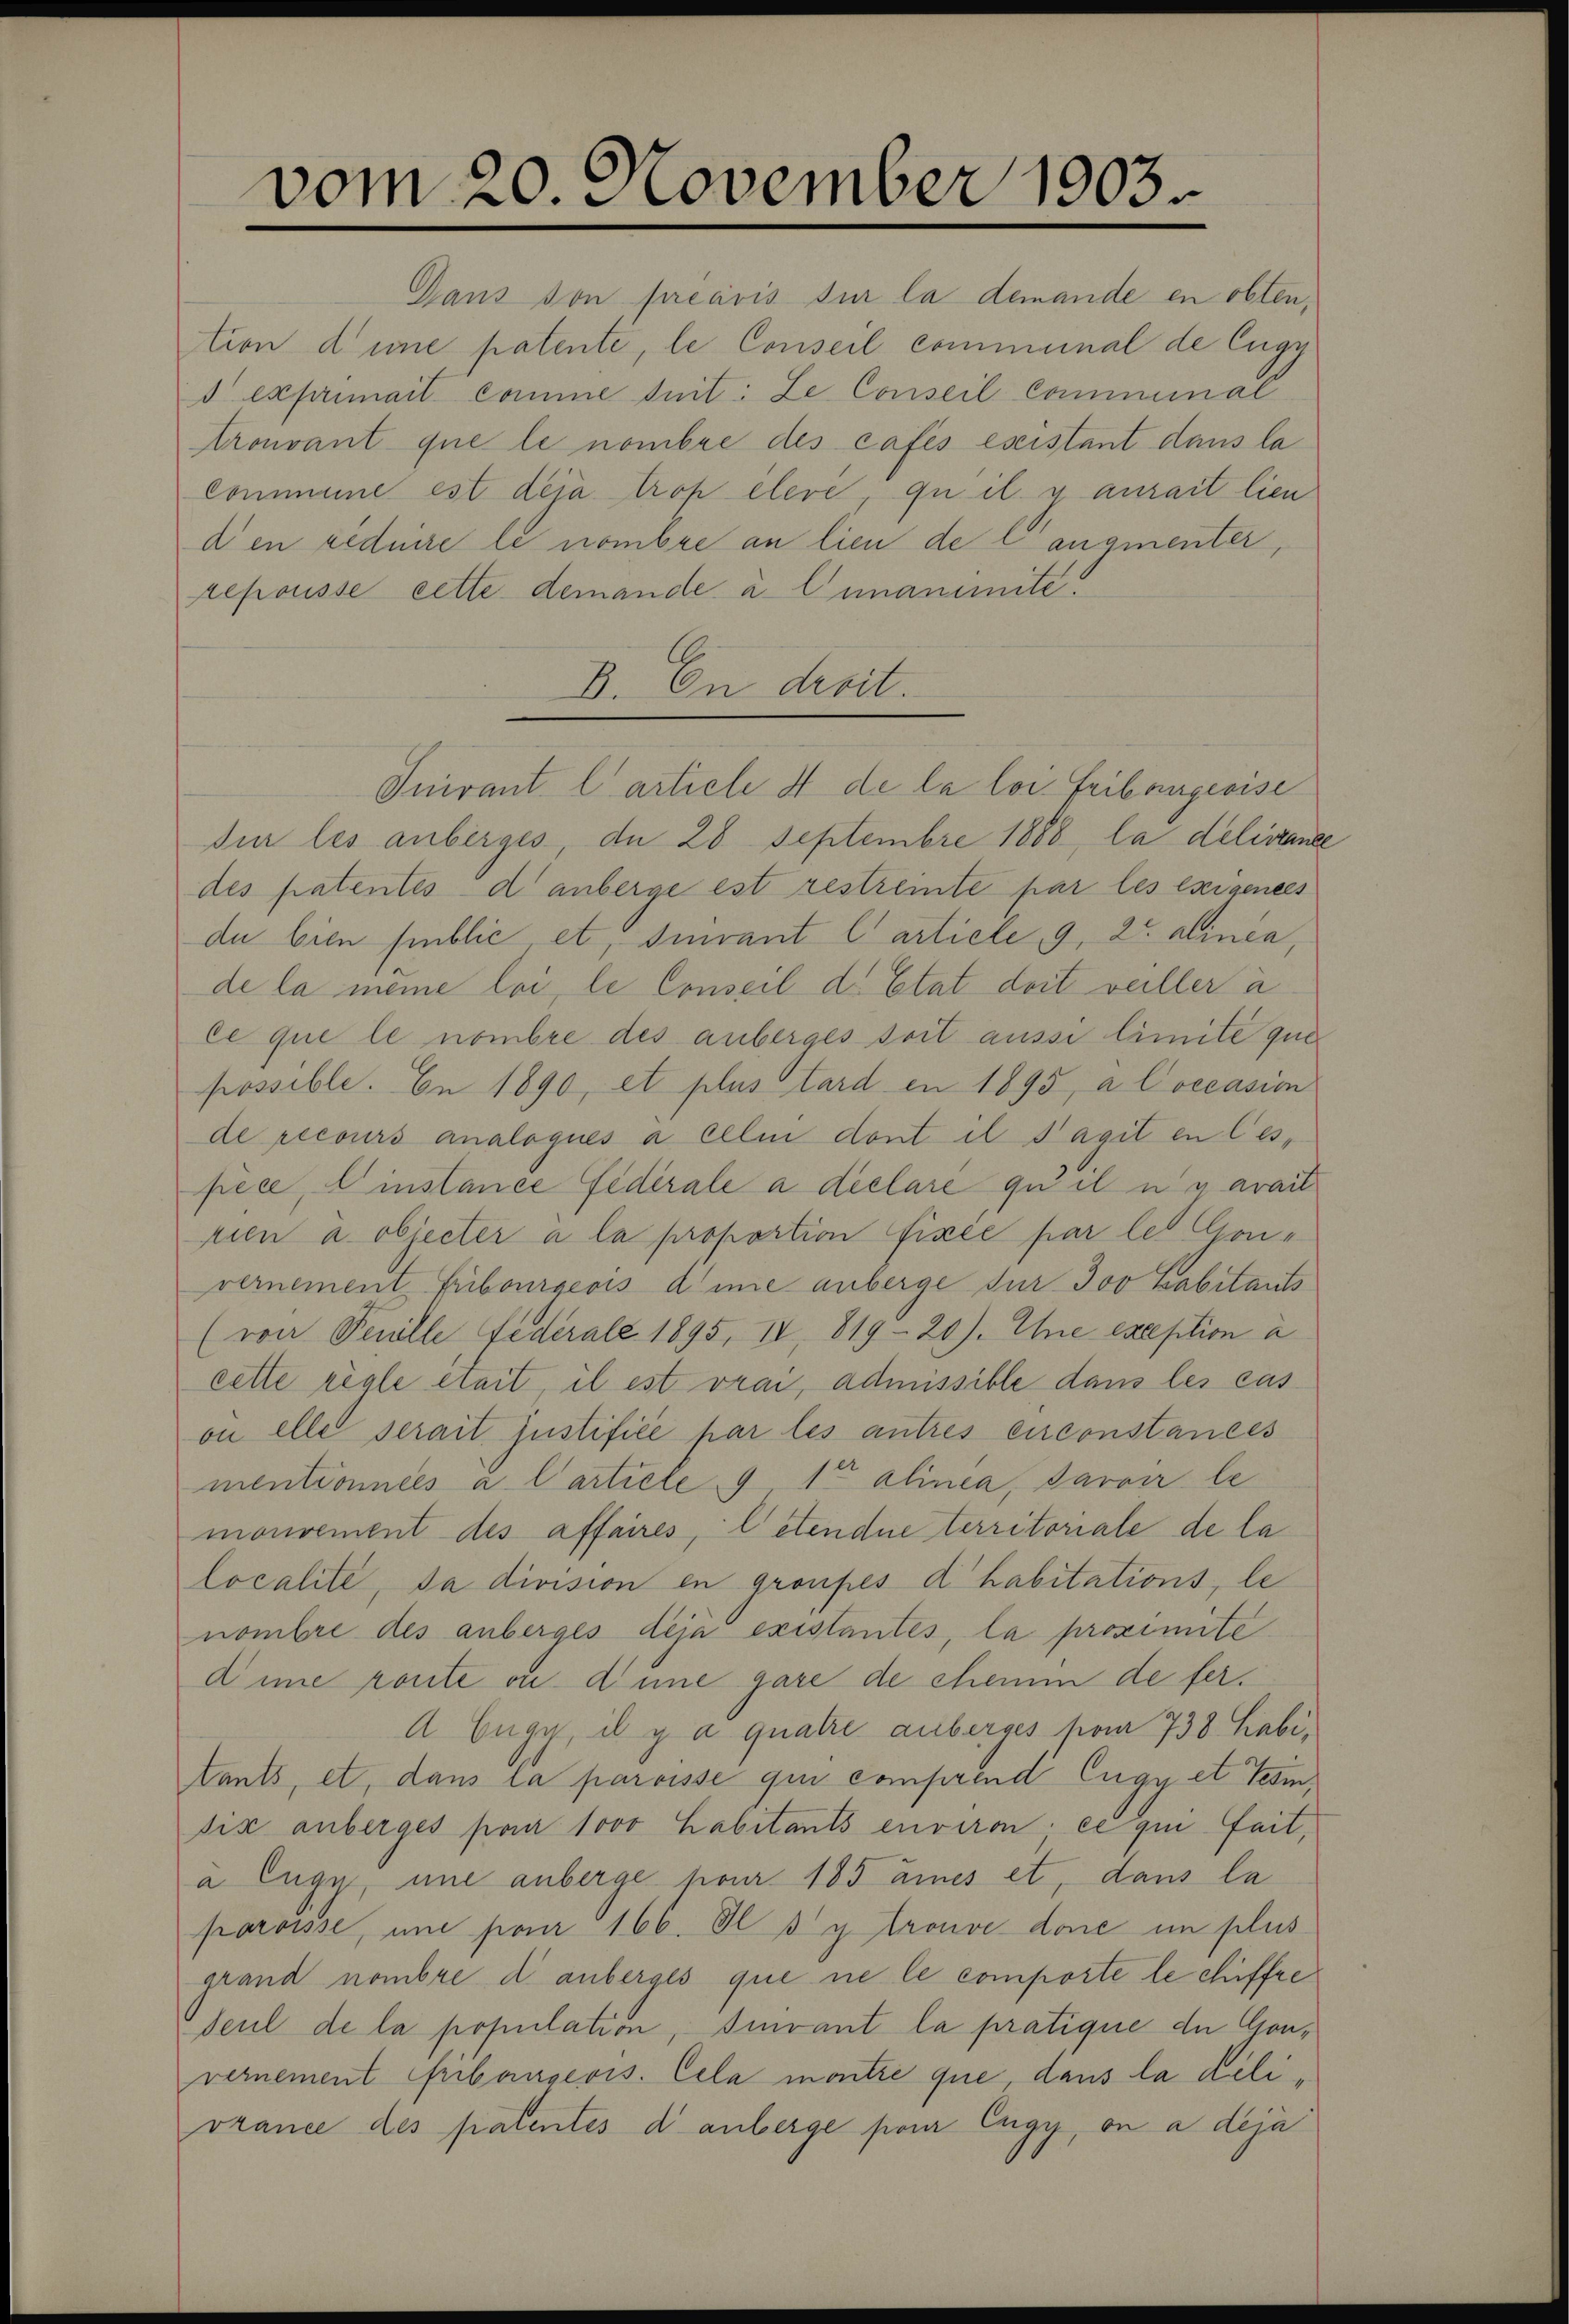
vom 20. November 1903.

repousse cette demande à l unanimite.
V. En droit.
Inivant l’article 4 de la loi. Fribangewise
sur les anberges, du 28 Septembre 1888, la delisance
des patentés d anberge est restreinte par les exigenees
du bien sublic et, devant l’article 9, 2te alinea
de la meine loi, le Conseil d. Etat doit veiller a
ce que le nombre des anberges soit aussi limite que
possible. En 1890, et plus tard in 1895, a Coccasion
de recours analogués à cele dont il Tagit en les
pece, einstance Federale a déclare qu il n y avait
rien u. objecter à la proportion fixée par les Gouvernement Fribourgeois die anberge für 300 Kabitants
(von Penille Federale 1895, IV 819 - 20). Ehe exception à
cette reale était, il est vrai, admissible dans les cas
on elle serait justifiée par les autres enconstances
mentionnées a Carticle 9 1ten alinea, savoir le
mouvement des affaires, letendue territoriale de la
localité, da division en gronpes d’habitations, le
nombre des anberges deja existantes, la proximite
dinie route in diene gare de chemm de fer¬
A Enge il y a quatre anberges pon 738. Labitants, et, dans la paroisse qui comprend Eugy et Gesindix anberges par 1000 habitants environ; ce qui fait,
a Eugy, une anberge har 185 eines et, dans la
paroisse, une pour 166. Il sy trouve done in plus
grand nombre d. anberges que ne le comporte le chiffre
seul de la population, sivant la pratique du Convernement Pibangeois. Cela montre que, dans la delivrance des patentes d’ anberge pour Eugy, on a deja

Ganz son préavis sur la demande en obtention dene patente, le Conseil communal de Eugy
d exprimait comme seit: Le Conseil Comminal
trouvant que le nombre des cafés éseistant dans la
Commene est deja trop elevé, quil y aurait lien
den réduire le nombre an lieu de langementer,